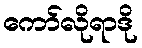
ကော်လိုရာဒို